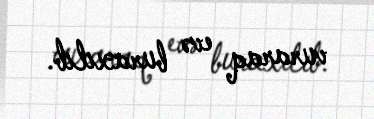
vuraraq evə buraxılıb.